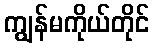
ကျွန်မကိုယ်တိုင်